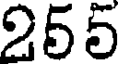
255